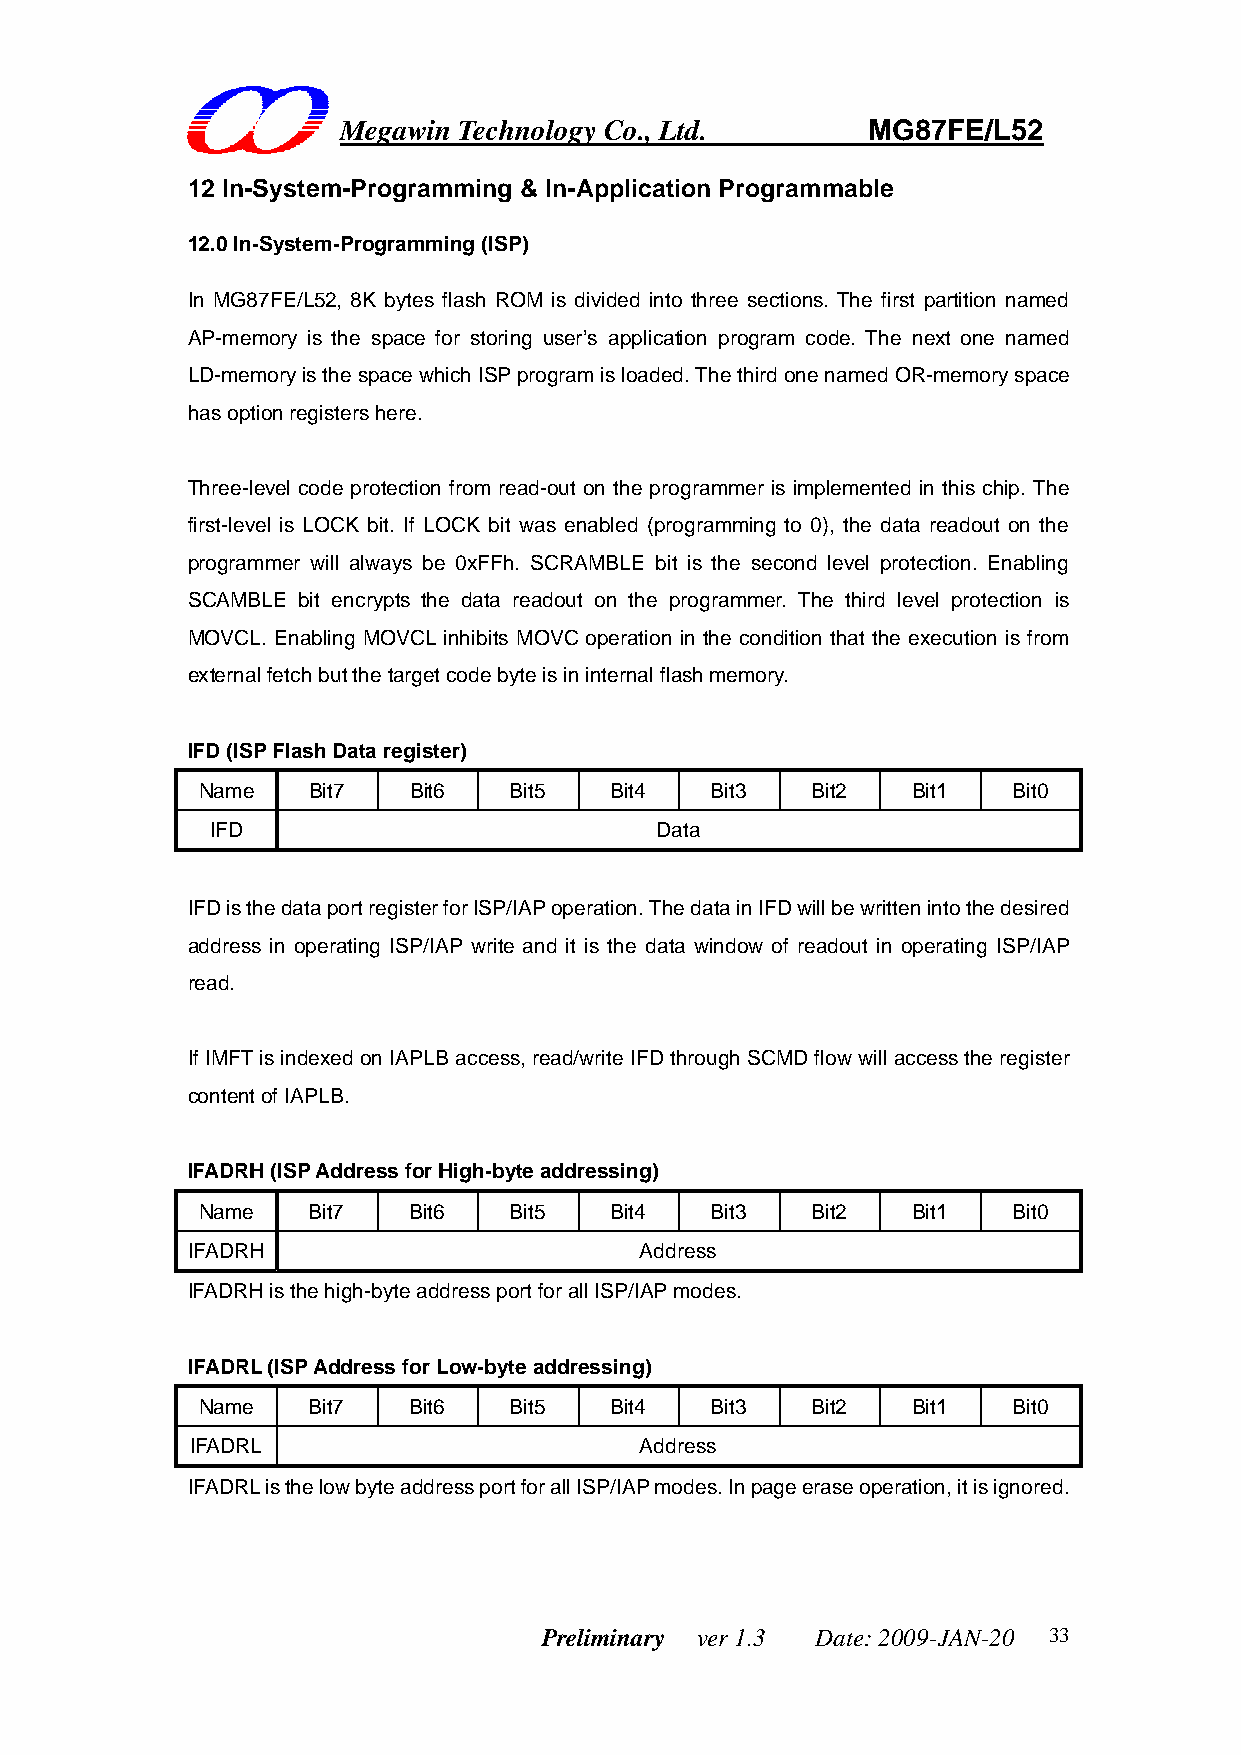
Megawin Technology Co., Ltd.       MG87FE/L52
 12 In-System-Programming & In-Application Programmable
 12.0 In-System-Programming (ISP)
 In MG87FE/L52, 8K bytes flash ROM is divided into three sections. The first partition named
 AP-memory is the space for storing user’s application program code. The next one named
 LD-memory is the space which ISP program is loaded. The third one named OR-memory space
 has option registers here.
 Three-level code protection from read-out on the programmer is implemented in this chip. The
 first-level is LOCK bit. If LOCK bit was enabled (programming to 0), the data readout on the
 programmer will always be 0xFFh. SCRAMBLE bit is the second level protection. Enabling
 SCAMBLE bit encrypts the data readout on the programmer. The third level protection is
 MOVCL. Enabling MOVCL inhibits MOVC operation in the condition that the execution is from
 external fetch but the target code byte is in internal flash memory.
 IFD (ISP Flash Data register)
 Name   Bit7   Bit6   Bit5  Bit4   Bit3   Bit2  Bit1   Bit0
 IFD                          Data
 IFD is the data port register for ISP/IAP operation. The data in IFD will be written into the desired
 address in operating ISP/IAP write and it is the data window of readout in operating ISP/IAP
 read.
 If IMFT is indexed on IAPLB access, read/write IFD through SCMD flow will access the register
 content of IAPLB.
 IFADRH (ISP Address for High-byte addressing)
 Name   Bit7   Bit6   Bit5  Bit4   Bit3   Bit2  Bit1   Bit0
 IFADRH                        Address
 IFADRH is the high-byte address port for all ISP/IAP modes.
 IFADRL (ISP Address for Low-byte addressing)
 Name   Bit7   Bit6   Bit5  Bit4   Bit3   Bit2  Bit1   Bit0
 IFADRL                       Address
 IFADRL is the low byte address port for all ISP/IAP modes. In page erase operation, it is ignored.
 Preliminary ver 1.3 Date: 2009-JAN-20 33